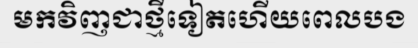
មកវិញជាថ្មីទៀតហើយពេលបង